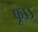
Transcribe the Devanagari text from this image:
फूऽऽ